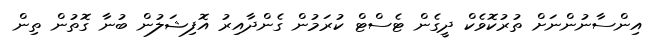
އިންސާނުންނަށް ތުރުކޮވެކް ދީގެން ޓެސްޓް ކުރަމުން ގެންދާއިރު އޮފިޝަލުން ބުނާ ގޮތުން ތިން